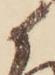
候